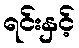
ရင်းနှင့်